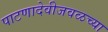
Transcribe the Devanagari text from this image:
पाटणादेवीजवळच्या